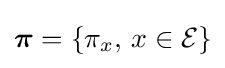
{\boldsymbol {\pi }}=\{\pi _{x},\,x\in {\mathcal {E}}\}